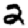
Digit: 2